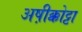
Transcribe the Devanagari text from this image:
अष़ीक्कोट्टा